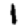
Digit: 1